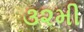
૩૨મી